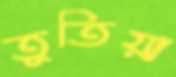
তুতিয়া